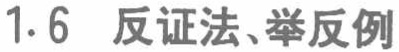
1.6 反证法、举反例